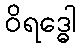
ဝိရဒ္ဓေါ